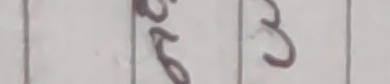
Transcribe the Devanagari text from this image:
र ३